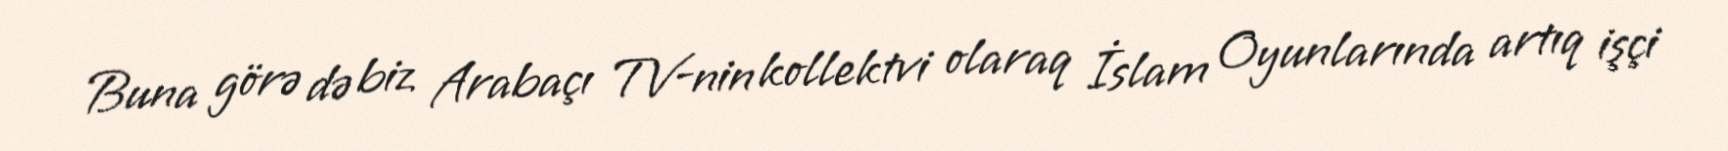
Buna görə də biz Arabaçı TV-nin kollektvi olaraq İslam Oyunlarında artıq işçi